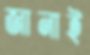
জানাই